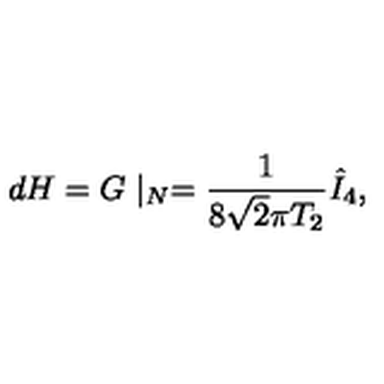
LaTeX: d H = G \mid _ { N } = { \frac { 1 } { 8 \sqrt { 2 } \pi T _ { 2 } } } \hat { I } _ { 4 } ,